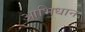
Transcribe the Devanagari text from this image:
आभिधान